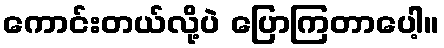
ကောင်းတယ်လို့ပဲ ပြောကြတာပေါ့။